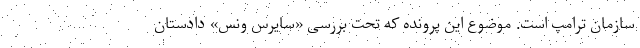
سازمان ترامپ است. موضوع این پرونده که تحت بررسی «سایرس ونس» دادستان